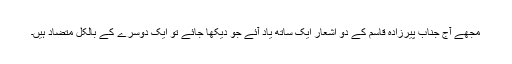
مجھے آج جناب پیرزادہ قاسم کے دو اشعار ایک ساتھ یاد آئے جو دیکھا جائے تو ایک دوسرے کے بالکل متضاد ہیں۔